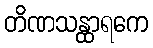
တိဏသန္ထာရကေ